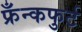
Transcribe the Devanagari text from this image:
फ्रँन्कफुर्ट